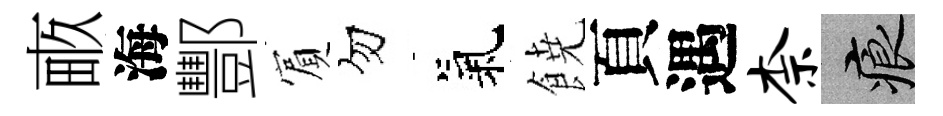
畞海酆賔勿氣𩜙頁遇柰痕